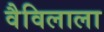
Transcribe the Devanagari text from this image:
वैविलाला